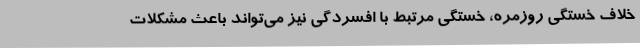
خلاف خستگی روزمره، خستگی مرتبط با افسردگی نیز می‌تواند باعث مشکلات